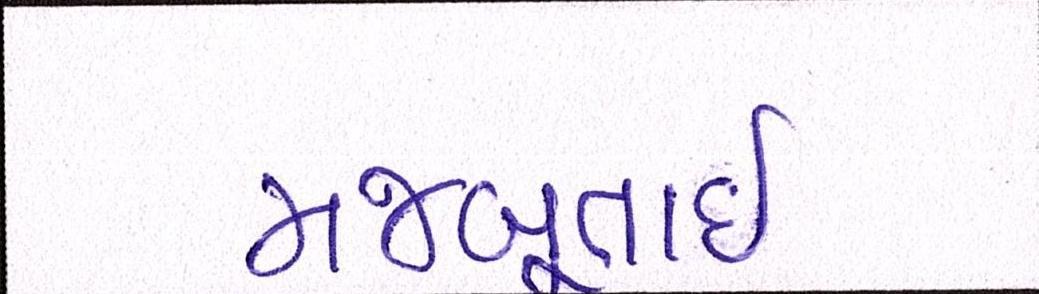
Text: મજબૂતાઈ